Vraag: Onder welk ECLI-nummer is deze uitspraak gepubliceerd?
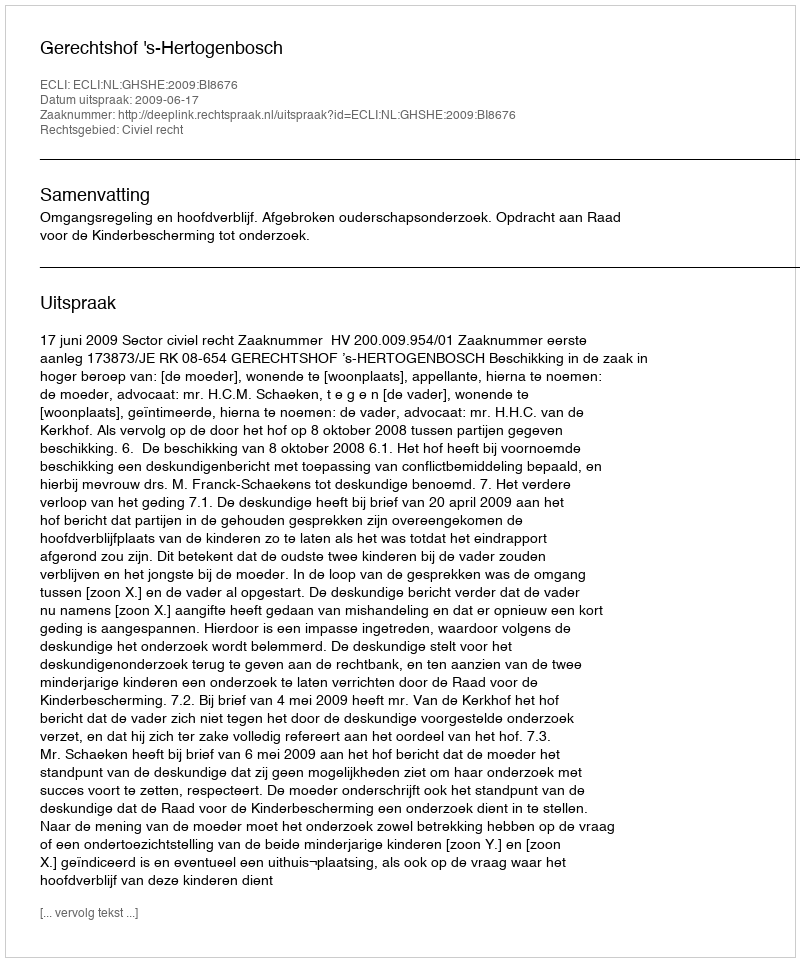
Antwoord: ECLI:NL:GHSHE:2009:BI8676